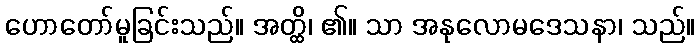
ဟောတော်မူခြင်းသည်။ အတ္ထိ၊ ၏။ သာ အနုလောမဒေသနာ၊ သည်။